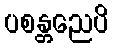
ပစန္တညေပိ